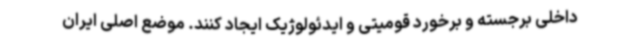
داخلی برجسته و برخورد قومیتی و ایدئولوژیک ایجاد کنند. موضع اصلی ایران